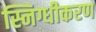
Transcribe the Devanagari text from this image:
स्निग्धीकरण